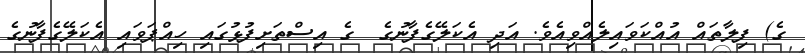
ގެ) ފިލާތައް އުއްކަވައިލެއްވިއެވެ. އަދި އެކަލޭގެފާނުގެ  ގެ އިސްތަށިފުޅުގައި ހިއްޕަވައި އެކަލޭގެފާނުގެ